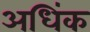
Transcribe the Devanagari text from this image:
अधिंक